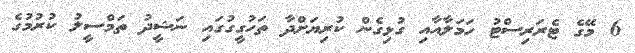
6 މޭގެ ޓެރަރިސްޓު ހަމަލާއާއި ގުޅިގެން ކުރިޔަށްދާ ތަހުގީގުގައި ނަޝީދު ތަމްސީލު ކުރުމުގެ